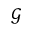
\mathcal { G }